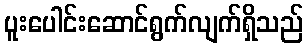
ပူးပေါင်းဆောင်ရွက်လျက်ရှိသည်